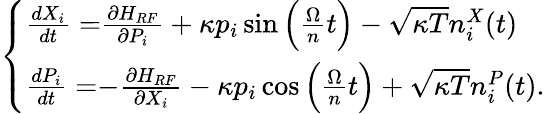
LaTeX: \begin{array}{r}{\left\{ \begin{array}{l}{\frac{dX_{i}}{dt}=\begin{array}{c}{\frac{\partial H_{RF}}{\partial P_{i}}}\end{array}+\kappa p_{i}\sin\Big(\frac{\Omega}{n}t\Big)-\sqrt{\kappa T}n_{i}^{X}(t)}\\ {\frac{dP_{i}}{dt}=\begin{array}{c}{-\frac{\partial H_{RF}}{\partial X_{i}}}\end{array}-\kappa p_{i}\cos\Big(\frac{\Omega}{n}t\Big)+\sqrt{\kappa T}n_{i}^{P}(t).}\end{array}\right.}\end{array}